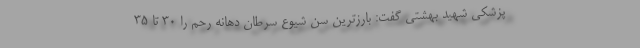
پزشکی شهید بهشتی گفت: بارزترین سن شیوع سرطان دهانه رحم را ۳۰ تا ۳۵